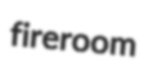
fireroom